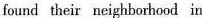
found their neighborhood in